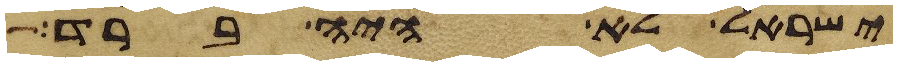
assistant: ישראל לא היה ברד